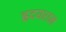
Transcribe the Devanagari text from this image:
ह्रदयराम